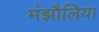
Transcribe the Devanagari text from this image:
मंझौलिया